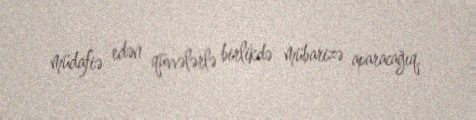
müdafiə edən qüvvələrlə birlikdə mübarizə aparacağıq.